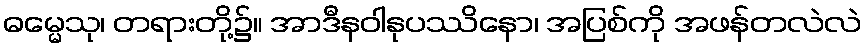
ဓမ္မေသု၊ တရားတို့၌။ အာဒီနဝါနုပဿိနော၊ အပြစ်ကို အဖန်တလဲလဲ